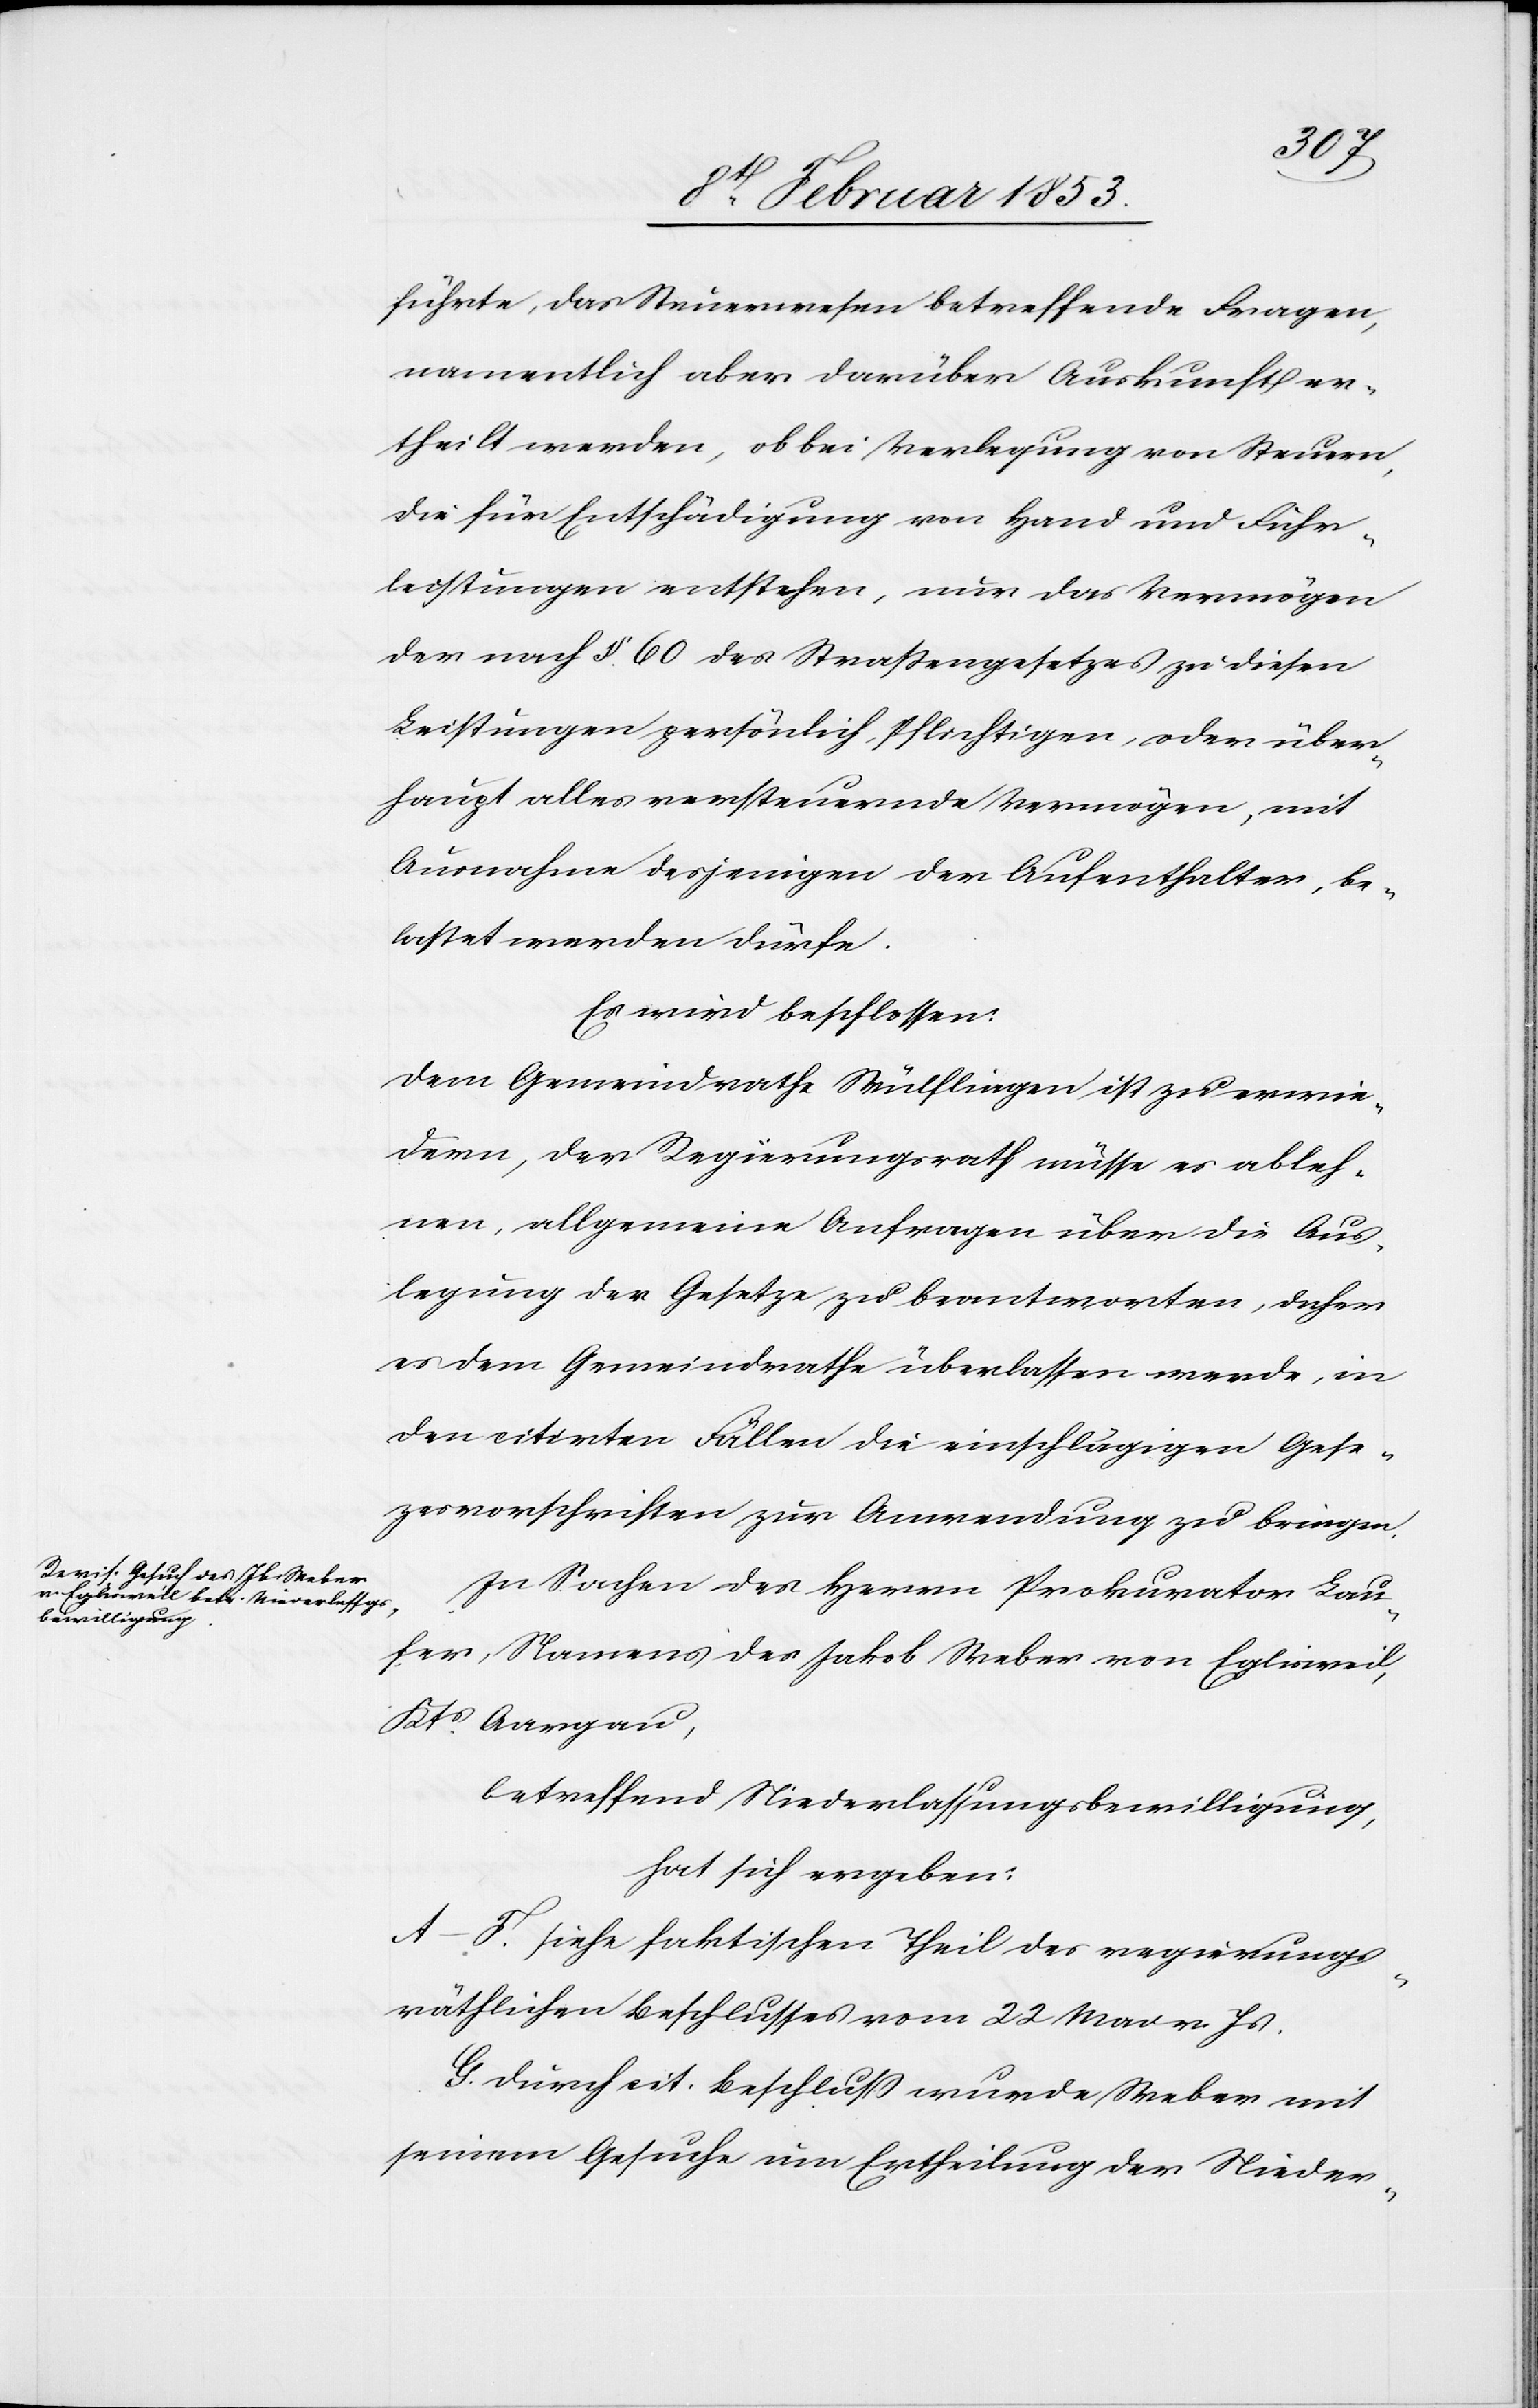
nen
führte, das Steuerwesen betreffende Fragen,
namentlich aber darüber Auskunft er¬
theilt werden, ob bei Verlegung von Steuern,
die für Entschädigung von Hand und Fuhr¬
leistungen entstehen, nun das Vermögen
der nach § 60 des Strassengesetzes zu diesen
Leistungen persönlich, pflichtigen, oder über¬
haupt alles versteuernde Vermögen, mit
Ausnahme desjenigen des Aufenthaltes, be¬
lastet werden dürfe.
Es wird beschlossen:
Dem Gemeindrathe Wülflingen ist zu erwie¬
dern, der Regierungsrath müsse es ableh¬
In Sachen des Herrn Prokurator Lau¬
fer, Namens des Jakob Weber von Eglisweil,
Kts. Aargau,
betreffend Niederlaßungsbewilligung,
hat sich ergeben:
A–F. siehe faktischen Theil des regierungs¬
räthlichen Beschlusses vom 22 Mai v. Js.
G. Durch cit. Beschluß wurde Weber mit
seinem Gesuche um Ertheilung der Nieder-